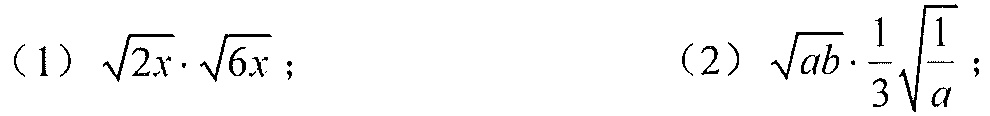
（1）$\sqrt{2x}\cdot\sqrt{6x}$；  （2）$\sqrt{ab}\cdot\frac{1}{3}\sqrt{\frac{1}{a}}$；